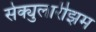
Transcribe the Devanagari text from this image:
सेक्युलारीझम